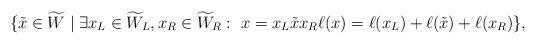
LaTeX: \begin{align*}\{\tilde x \in \widetilde W\mid \exists x_L \in \widetilde W_L, x_R\in \widetilde W_R:~x = x_L \tilde x x_R\ell(x) = \ell(x_L) + \ell(\tilde x)+\ell(x_R)\},\end{align*}